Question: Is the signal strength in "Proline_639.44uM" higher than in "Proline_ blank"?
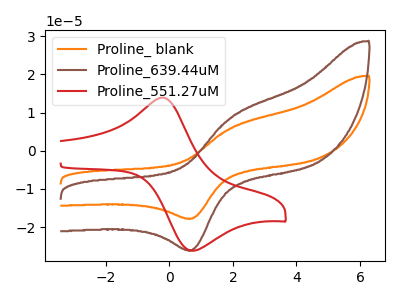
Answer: <think>The orange curve "Proline_ blank" has an anodic peak at (1.95V, 6.05uA) and a cathodic peak at (0.70V, -17.80uA). The brown curve "Proline_639.44uM" has an anodic peak at (1.95V, 8.85uA) and a cathodic peak at (0.70V, -26.05uA). The red curve "Proline_551.27uM" has an anodic peak at (-0.20V, 13.90uA) and a cathodic peak at (0.75V, -26.20uA).
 All the peaks in "Proline_639.44uM" have a peak in "Proline_ blank" at the same potential. Every peak in "Proline_639.44uM" is higher than every peak in "Proline_ blank".</think>
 <answer>"Proline_639.44uM" has more signal than "Proline_ blank".</answer>
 <eval>more_signal</eval>